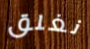
نغلق